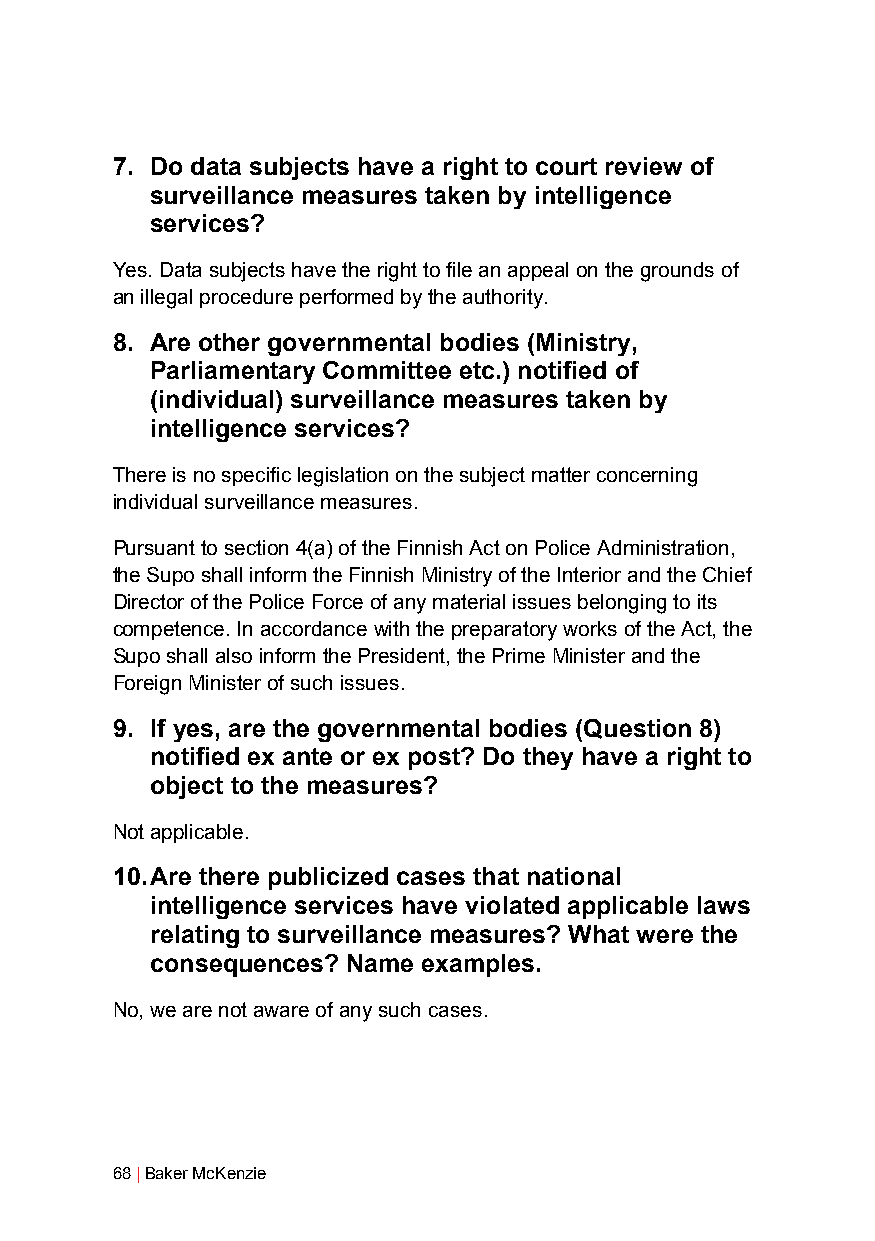
7. Do data subjects have a right to court review of
 surveillance measures taken by intelligence
 services?
 Yes. Data subjects have the right to file an appeal on the grounds of
 an illegal procedure performed by the authority.
 8. Are other governmental bodies (Ministry,
 Parliamentary Committee etc.) notified of
 (individual) surveillance measures taken by
 intelligence services?
 There is no specific legislation on the subject matter concerning
 individual surveillance measures.
 Pursuant to section 4(a) of the Finnish Act on Police Administration,
 the Supo shall inform the Finnish Ministry of the Interior and the Chief
 Director of the Police Force of any material issues belonging to its
 competence. In accordance with the preparatory works of the Act, the
 Supo shall also inform the President, the Prime Minister and the
 Foreign Minister of such issues.
 9. If yes, are the governmental bodies (Question 8)
 notified ex ante or ex post? Do they have a right to
 object to the measures?
 Not applicable.
 10. Are there publicized cases that national
 intelligence services have violated applicable laws
 relating to surveillance measures? What were the
 consequences? Name examples.
 No, we are not aware of any such cases.
 68 | Baker McKenzie